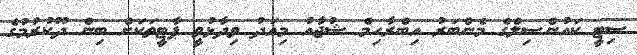
ސިޓީ ކައުންސިލްގެ މެންބަރު އިބްރާހިމް ޝުޖާއު މިއަދު ވިދާޅުވީ ޕާޓީތަކަށް ބިން ދޫކުރުމުގެ